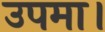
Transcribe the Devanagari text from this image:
उपमा।